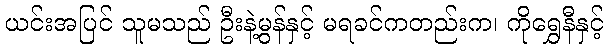
ယင်းအပြင် သူမသည် ဦးနဲ့မွန်နှင့် မရခင်ကတည်းက၊ ကိုရွှေနီနှင့်